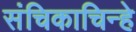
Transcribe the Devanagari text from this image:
संचिकाचिन्हे